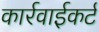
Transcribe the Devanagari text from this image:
कार्रवाईकर्ट